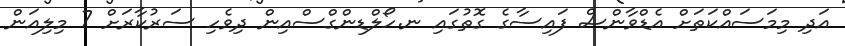
އަދި މިމަސައްކަތަށް އެޑްވާންސް ފައިސާގެ ގޮތުގައި ނ.ހޯލްޑިންގްސްއިން ދިވެހި ސަރުކާރަށް 7 މިލިއަން